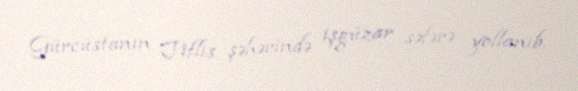
Gürcüstanın Tiflis şəhərində işgüzar səfərə yollanıb.